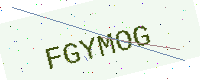
Text: FGYMOG